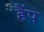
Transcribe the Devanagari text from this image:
हैंप